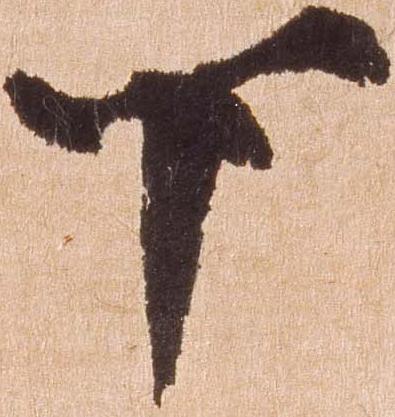
下